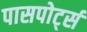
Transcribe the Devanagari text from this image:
पासपोर्ट्स